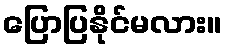
ပြောပြနိုင်မလား။